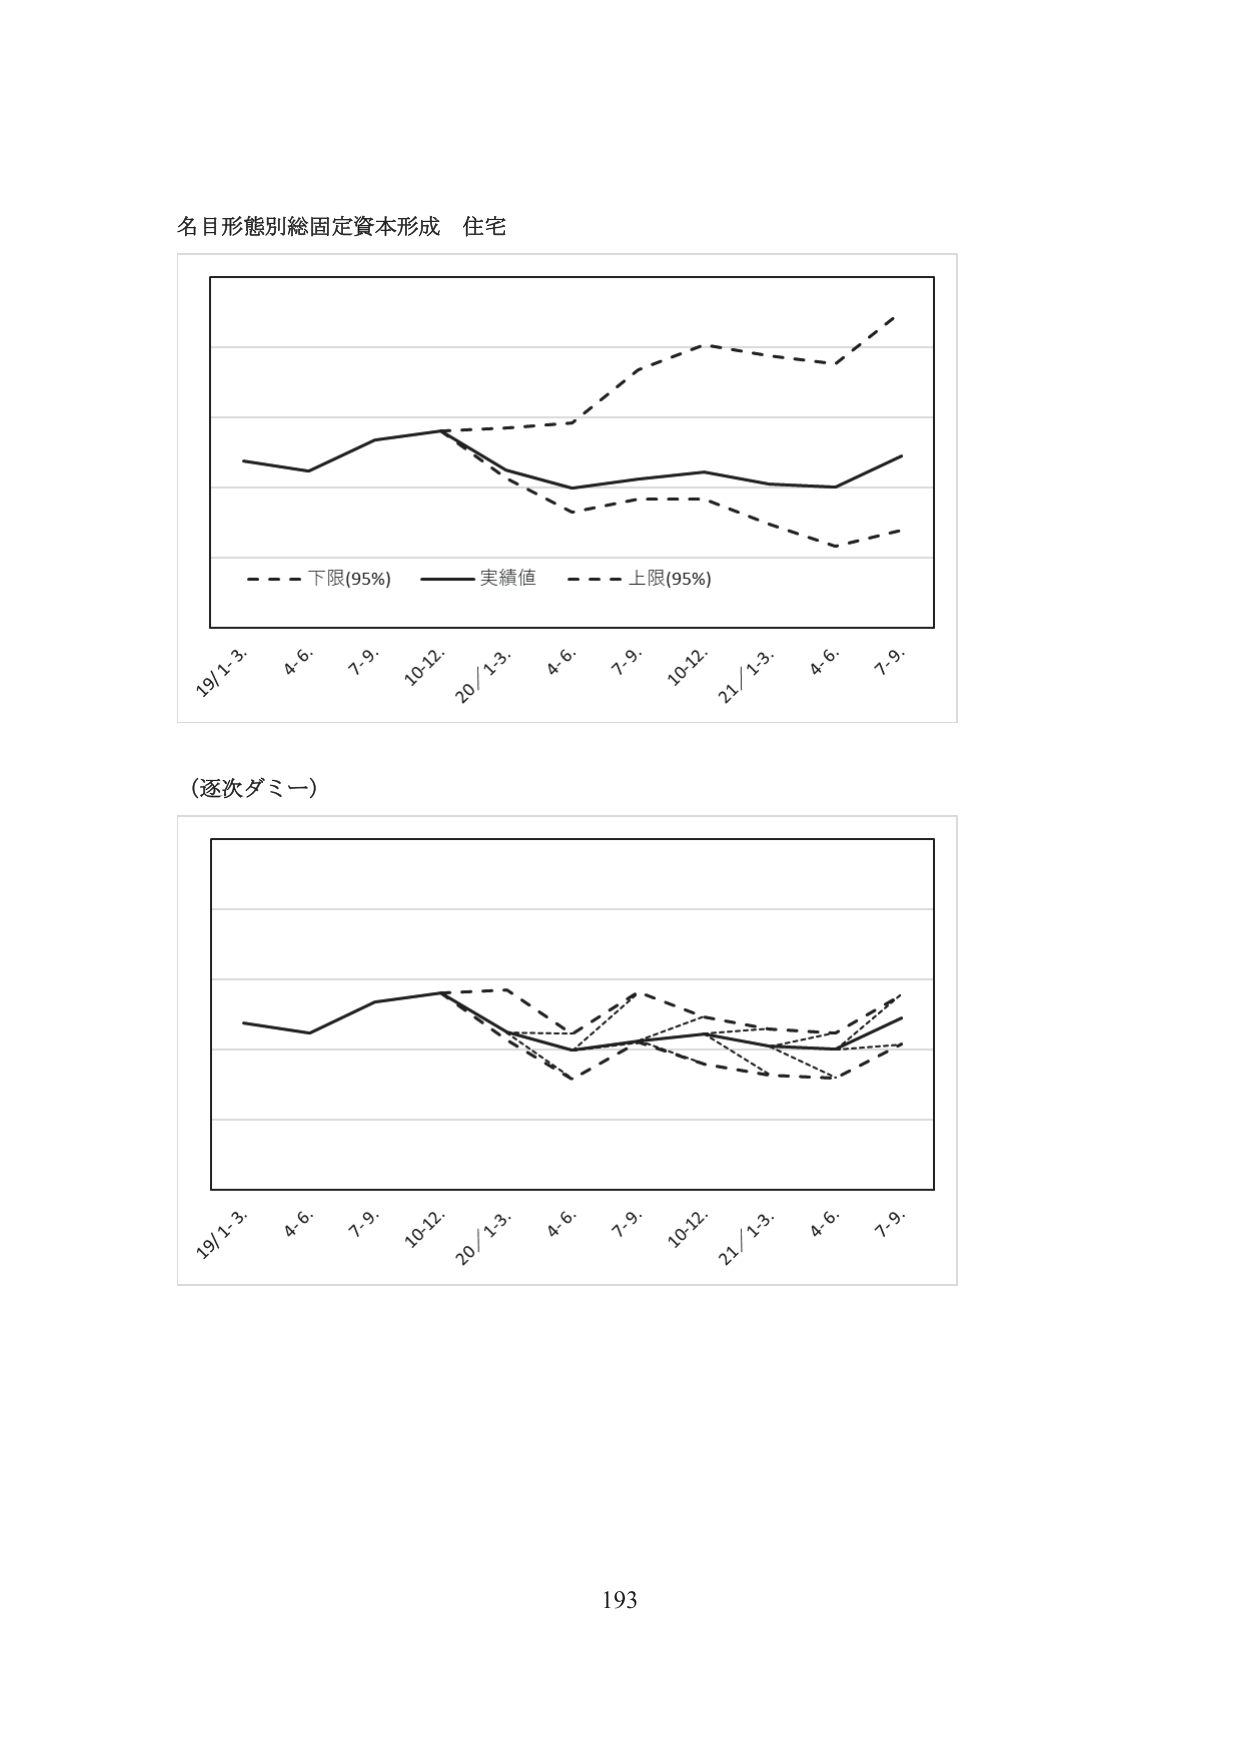
名目形態別総固定資本形成 住宅

- - - 下限(95%) —— 実績値 - - - 上限(95%)

19/1-3. 4.6. 7.9. 10-12. 20/1-3. 4.6. 7.9. 10-12. 21/1-3. 4.6. 7.9.

(逐次ダミー)

19/1-3. 4.6. 7.9. 10-12. 20/1-3. 4.6. 7.9. 10-12. 21/1-3. 4.6. 7.9.

193